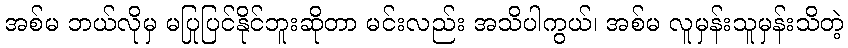
အစ်မ ဘယ်လိုမှ မပြုပြင်နိုင်ဘူးဆိုတာ မင်းလည်း အသိပါကွယ်၊ အစ်မ လူမှန်းသူမှန်းသိတဲ့